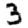
Digit: 3